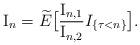
LaTeX: \begin{align*}\textrm{I}_n=\widetilde{E}\big{[}\frac{\textrm{I}_{n,1}}{\textrm{I}_{n,2}}I_{\{\tau<n\}}\big{]}.\end{align*}